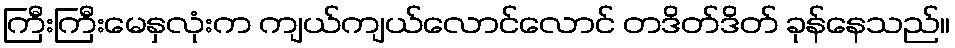
ကြီးကြီးမေနှလုံးက ကျယ်ကျယ်လောင်လောင် တဒိတ်ဒိတ် ခုန်နေသည်။